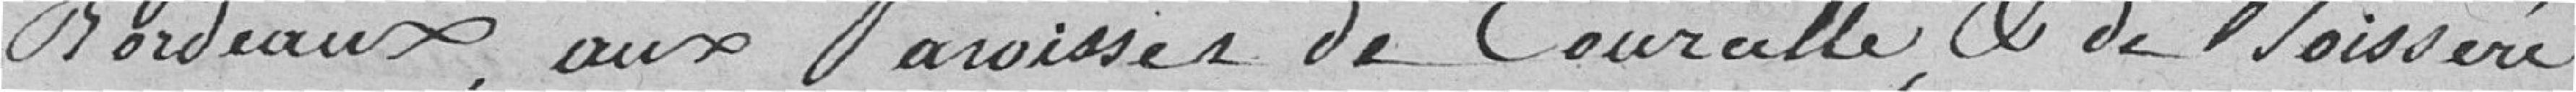
Bordeaux, aux Paroisses de Courcelle et de Boisseré,